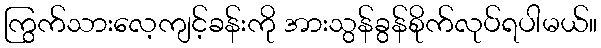
ကြွက်သားလေ့ကျင့်ခန်းကို အားသွန်ခွန်စိုက်လုပ်ရပါမယ်။